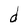
Character: d